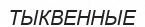
ТЫКВЕННЫЕ